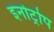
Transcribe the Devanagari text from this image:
इनोट्रोप